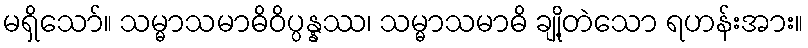
မရှိသော်။ သမ္မာသမာဓိဝိပ္ပန္နဿ၊ သမ္မာသမာဓိ ချို့တဲသော ရဟန်းအား။